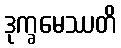
ဒုက္ခမေဿတိ